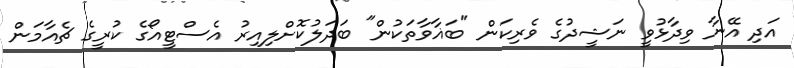
އަދި އޭނާ ވިދާޅުވީ ނަޝީދުގެ ވެރިކަން "ބަޣާވާތަކުން" ބަދަލުކޮށްލިއިރު އެސްޓީއޯގެ ކުރީގެ ޗެއާމަން